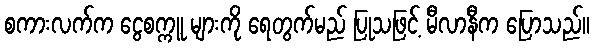
စကားလက်က ငွေစက္ကူ များကို ရေတွက်မည် ပြုသဖြင့် မီလာနီက ပြောသည်။